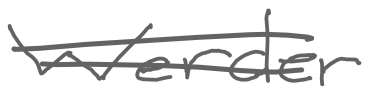
Text: Werder
Cross-out: double-line
Writing tool: digital_gray